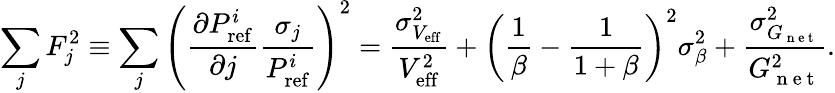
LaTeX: \sum_{j}F_{j}^{2}\equiv\sum_{j}\left(\frac{\partial P_{\mathrm{ref}}^{i}}{\partial j}\frac{\sigma_{j}}{P_{\mathrm{ref}}^{i}}\right)^{2}=\frac{\sigma_{V_{\mathrm{eff}}}^{2}}{V_{\mathrm{eff}}^{2}}+\left(\frac{1}{\beta}-\frac{1}{1+\beta}\right)^{2}\sigma_{\beta}^{2}+\frac{\sigma_{G_{\mathrm{~n~e~t~}}}^{2}}{G_{\mathrm{~n~e~t~}}^{2}}.